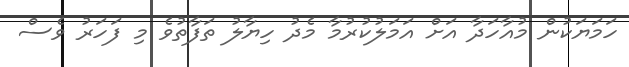
ހަމަޔަކުން މުއާހަދާ އަށް އަމަލުކުރުމާ މެދު ހިޔާލު ތަފާތުވެ މި ފަހަރު ވެސް